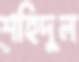
শহিদুল